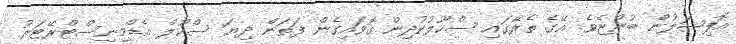
އޮފިޝަލުން ބުންޏެވެ. އޭގެ ތެރޭގައި ސްކޫލުކުދިން ގޮވައިގެން ފަތަން ދިޔަ ސްކޫލް އެޑްމިނިސްޓްރޭޓަރު